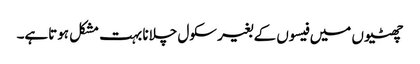
چھٹیوں میں فیسوں کے بغیر سکول چلانا بہت مشکل ہوتاہے۔